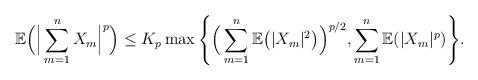
LaTeX: \begin{align*}\mathbb{E}\Big(\Big|\sum_{m=1}^n X_m\Big|^p\Big)\le K_p\max\Bigg\{\Big(\sum_{m=1}^n\mathbb{E}\big(|X_m|^2\big)\Big)^{p/2},\sum_{m=1}^n \mathbb{E}(|X_m|^p)\Bigg\}.\end{align*}